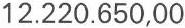
12.220.650,00